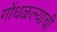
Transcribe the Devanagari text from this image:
गोंधळल्याची